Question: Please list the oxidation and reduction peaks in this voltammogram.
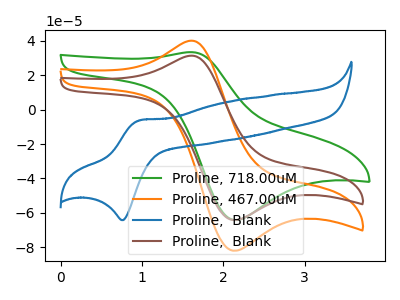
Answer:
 <answer>The green curve "Proline, 718.00uM" has an anodic peak at (1.60V, 33.40uA) and a cathodic peak at (2.15V, -64.20uA). The orange curve "Proline, 467.00uM" has an anodic peak at (1.55V, 39.85uA) and a cathodic peak at (2.10V, -82.00uA). The blue curve "Proline,  Blank" has an anodic peak at (1.00V, -6.15uA) and a cathodic peak at (0.75V, -64.20uA). The brown curve "Proline,  Blank" has an anodic peak at (1.55V, 31.20uA) and a cathodic peak at (2.10V, -64.15uA).</answer>
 <eval></eval>